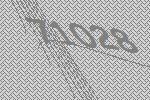
71028